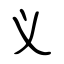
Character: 义